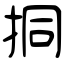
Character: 挏